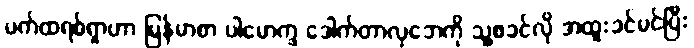
ပက်ထရစ်ရှာဟာ မြန်မာစာ ပါမောက္ခ ဒေါက်တာလှဘေကို သူ့ဖခင်လို အထူးခင်မင်ပြီး